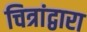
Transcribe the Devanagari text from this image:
चित्रांद्वारा